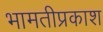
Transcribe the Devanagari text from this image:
भामतीप्रकाश